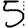
Digit: 5